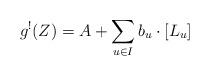
LaTeX: \begin{align*}g^!(Z)=A+\sum_{u\in I} b_u\cdot [L_u]\end{align*}